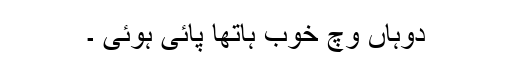
دوہاں وچ خوب ہاتھا پائی ہوئی ۔